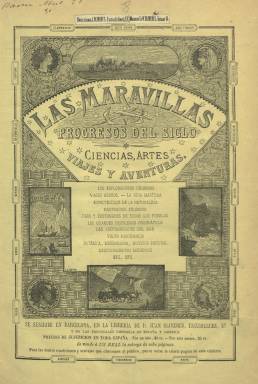
Título: Las Maravillas y progresos del siglo
Colección: Revistas turísticas y de viajes
Ámbito geográfico: Barcelona
Lugar de publicación: Barcelona
Fechas: 01/07/1876-09/10/1876

Se trata de una revista ilustrada que aúna en sus páginas los viajes, las aventuras, los descubrimientos, las ciencias, la tecnología, las artes y la literatura. Editada por el librero e impresor barcelonés Juan Oliveres, quien previamente había publicado seis tomos la revista La Abeja, de similares características. El primer número de esta nueva publicación semanal de Oliveres aparece el uno de julio de 1876, siendo el último en la colección de la Biblioteca Nacional de España el 12, correspondiente al nueve de octubre de ese mismo año, que incluye al final un índice de las materias contenidas en el volumen que forma.

Indica en su cabecera los diversos asuntos de los que trata: exploradores, viajes aéreos (en globo), tanto reales como ficticios, vida marítima, naturaleza, botánica, naufragios o usos y costumbres, entre otros, cuyos textos irán acompañados de retratos, vistas, escenas, tipos, costumbres o mapas.

Ofrece textos de reputados autores, como Julio Verne (al reproducir una parte de su Miguel Strogoff), y Luis Figuier (crónicas científicas), Félix Focou (La naturaleza y el hombre, introducción al estudio de las ciencias), H. Burmeister (El hombre, el último llegado de los habitantes de la tierra), Gerardo de Rialle (Las pieles rojas), H. Capitaine (Descubrimientos importantes de nuestro siglo) o de Camilo Flammarion y Julio Parquet, entre otros.

Cada una de sus entregas son de ocho páginas, compuestas a dos columnas, y con foliación continuada, y entre otros de los textos que llega a publicar se encuentran los titulados La Nueva Caledonia, La caza del elefante en la península malaya, La Guayana y sus maravillas naturales, Los indios de California, El África ecuatorial, Exploración en el desierto del Sáhara, Los glaciares o El mercado de esclavos en Zanzíbar y Una visita al sultán de Zanzíbar.